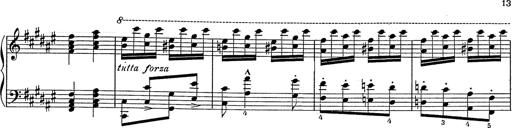
Title: Hungarian Rhapsody No.2
Composer: Franz Liszt
Key: C-sharp minor